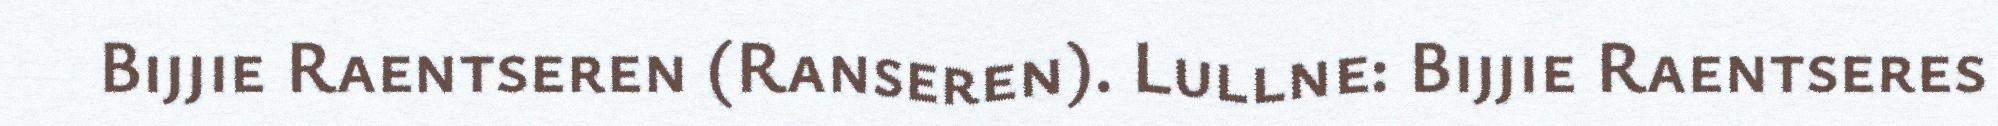
Bijjie Raentseren (Ranseren). Lullne: Bijjie Raentseres